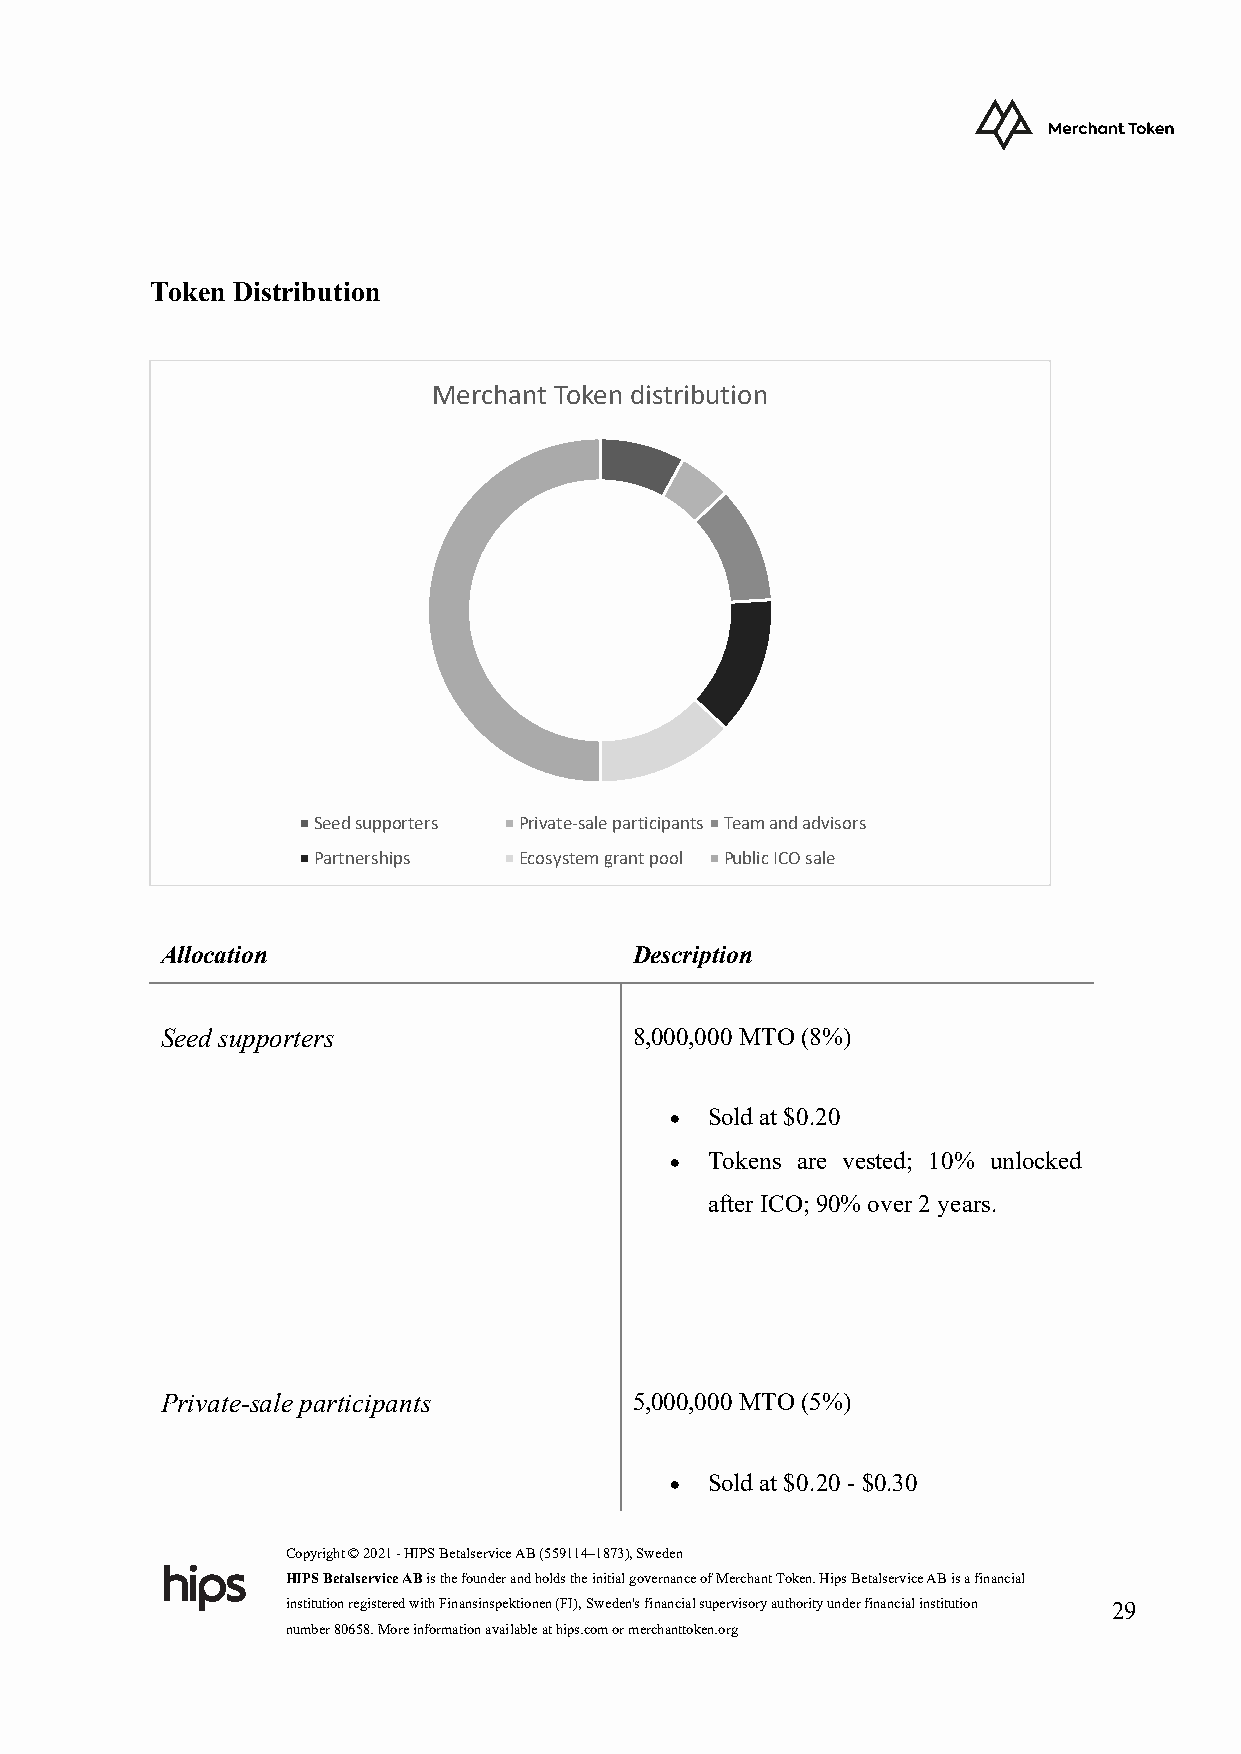
Token Distribution
 Merchant Token distribution
 Seed supporters Private-sale participants Team and advisors
 Partnerships Ecosystem grant pool Public ICO sale
 Allocation                     Description
 Seed supporters                8,000,000 MTO (8%)
 •  Sold at $0.20
 •  Tokens are vested; 10% unlocked
 after ICO; 90% over 2 years.
 Private-sale participants      5,000,000 MTO (5%)
 •  Sold at $0.20 - $0.30
 Copyright © 2021 - HIPS Betalservice AB (559114–1873), Sweden
 HIPS Betalservice AB is the founder and holds the initial governance of Merchant Token. Hips Betalservice AB is a financial
 institution registered with Finansinspektionen (FI), Sweden's financial supervisory authority under financial institution 29
 number 80658. More information available at hips.com or merchanttoken.org